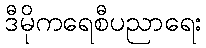
ဒီမိုကရေစီပညာရေး